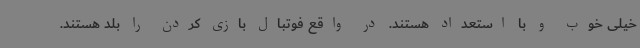
خیلی خوب و با استعداد هستند. در واقع فوتبال بازی کردن را بلد هستند.